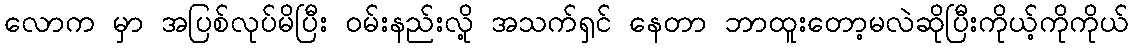
လောက မှာ အပြစ်လုပ်မိပြီး ဝမ်းနည်းလို့ အသက်ရှင် နေတာ ဘာထူးတော့မလဲဆိုပြီးကိုယ့်ကိုကိုယ်